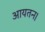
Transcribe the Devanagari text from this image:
आयतन।